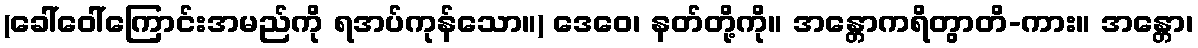
(ခေါ်ဝေါ်ကြောင်းအမည်ကို ရအပ်ကုန်သော။) ဒေဝေ၊ နတ်တို့ကို။ အန္တောကရိတွာတိ-ကား။ အန္တော၊